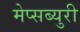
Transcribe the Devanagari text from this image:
मेप्सब्युरी